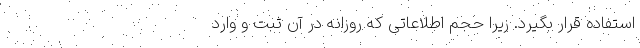
استفاده قرار بگیرد. زیرا حجم اطلاعاتی که روزانه در آن ثبت و وارد